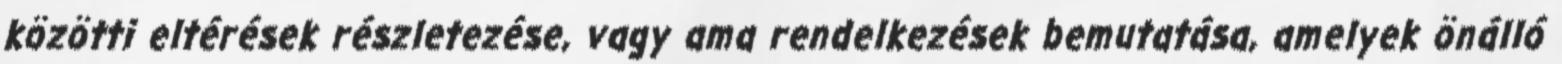
közötti eltérések részletezése, vagy ama rendelkezések bemutatása, amelyek önálló